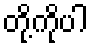
တို့ကိုပါ